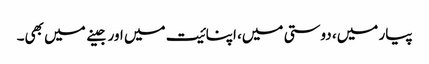
پیار میں، دوستی میں، اپنائیت میں اور جینے میں بھی۔